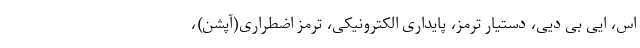
اس، ایی بی دیی، دستیار ترمز، پایداری الکترونیکی، ترمز اضطراری(آپشن)،